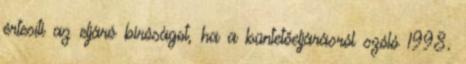
értesíti az eljáró bíróságot, ha a büntetőeljárásról szóló 1998.